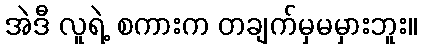
အဲဒီ လူရဲ့ စကားက တချက်မှမမှားဘူး။